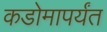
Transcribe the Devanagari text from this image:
कडोमापर्यंत